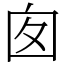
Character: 囱